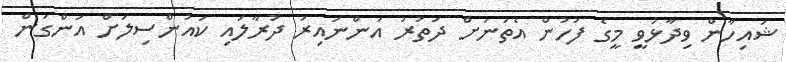
ޝައިހާން ވިދާޅުވީ މީގެ ފަހުން އެތަނަށް ދަތުރު އަންނައިރު ދުރާލައި ކައުންސިލަށް އަންގަން